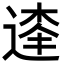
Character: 𨔱